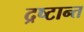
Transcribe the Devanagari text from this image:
द्रष्टान्त